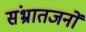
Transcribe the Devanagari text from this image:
संभ्रातजनों